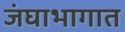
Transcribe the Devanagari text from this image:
जंघाभागात